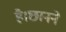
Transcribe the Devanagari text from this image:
है।छानने